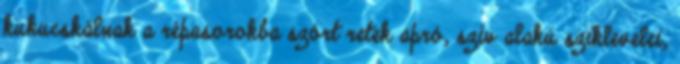
kukucskálnak a répasorokba szórt retek apró, szív alakú sziklevelei,